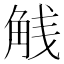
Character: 𬢕